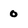
Character: 0